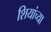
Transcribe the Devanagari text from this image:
शियांच्या